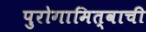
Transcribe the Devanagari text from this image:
पुरोगामित्वाची